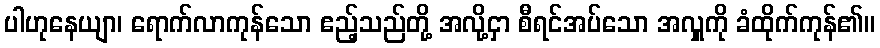
ပါဟုနေယျာ၊ ရောက်လာကုန်သော ဧည့်သည်တို့ အလို့ငှာ စီရင်အပ်သော အလှူကို ခံထိုက်ကုန်၏။